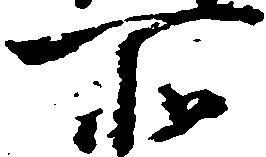
所